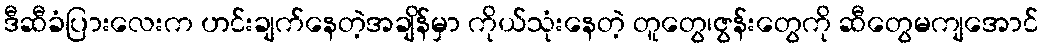
ဒီဆီခံပြားလေးက ဟင်းချက်နေတဲ့အချိန်မှာ ကိုယ်သုံးနေတဲ့ တူတွေ၊ဇွန်းတွေကို ဆီတွေမကျအောင်